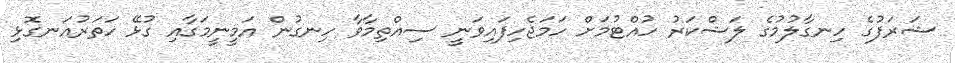
ޝަރަފުގެ ހިނގާލުމުގެ ލަޝްކަރު ހުއްޓުމަށް ހަމަޖެހިފައިވަނީ ސިއްތިމާވާ ހިނގުން އަމީނީމަގާއި ގުޅޭ ހަތަރުއަނގޮޅި